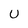
Character: U